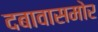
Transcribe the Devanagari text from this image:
दबावासमोर